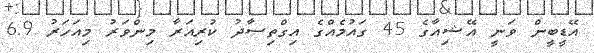
އޭޑީބީން ވަނީ އޭޝިއާގެ 45 ގައުމެއްގެ އިގްތިސާދު ކުރިއަރާ މިންވަރު މިއަހަރު 6.9